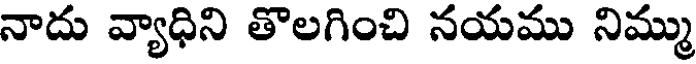
నాదు వ్యాధిని తొలగించి నయము నిమ్ము